Report of an investigation into the causes of malaria in Bombay and the measures necessary for its control
Disease focus: Malaria
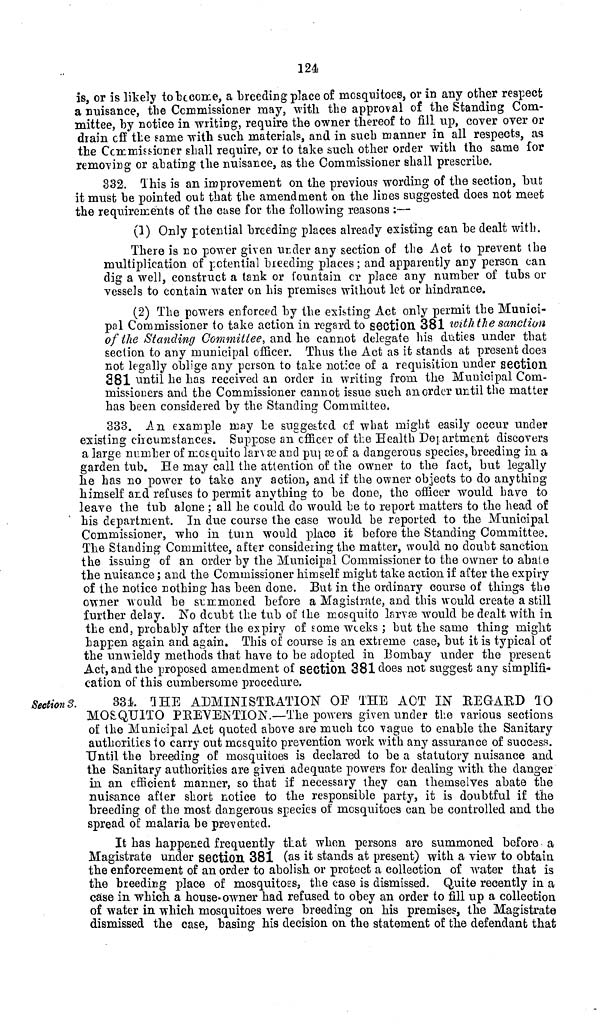
124
is, or is likely to become, a breeding place of mosquitoes, or in any other respect
a nuisance, the Commissioner may, with the approval of the Standing Com-
mittee, by notice in writing, require the owner thereof to fill up, cover over or
drain off the same with such materials, and in such manner in all respects, as
the Commissioner shall require, or to take such other order with the same for
removing or abating the nuisance, as the Commissioner shall prescribe.
332. This is an improvement on the previous wording of the section, but
it must be pointed out that the amendment on the lines suggested does not meet
the requirements of the case for the following reasons :—
(1) Only potential breeding places already existing can be dealt with.
There is no power given under any section of the Act to prevent the
multiplication of potential bleeding places; and apparently any person can
dig a well, construct a tank or fountain or place any number of tubs or
vessels to contain water on his premises without let or hindrance.
(2) The powers enforced by the existing Act only permit the Munici-
pal Commissioner to take action in regard to section 381 with the sanction
of the Standing Committee, and he cannot delegate his duties under that
section to any municipal officer. Thus the Act as it stands at present doe3
not legally oblige any person to take notice of a requisition under section
381 until he has received an order in writing from the Municipal Com-
missioners and the Commissioner cannot issue such an order until the matter
has been considered by the. Standing Committee,
333. An example may be suggested of what might easily occur under
existing circumstances. Suppose an officer of the Health Department discovers
a large number of mosquito larvae and pupae of a dangerous species, breeding in a
garden tub. He may call the attention of the owner to the fact, but legally
he has no power to take any action, and if the owner objects to do anything
himself and refuses to permit anything to be done, the officer would have to
leave the tub alone; all he could do would be to report matters to the head of
his department. In due course the case would be reported to the Municipal
Commissioner, who in turn would place it before the Standing Committee.
The Standing Committee, after considering the matter, would no doubt sanction
the issuing of an order by the Municipal Commissioner to the owner to abale
the nuisance; and the Commissioner himself might take action if after the expiry
of the notice nothing has been done. But in the ordinary course of things the
owner would be summoned before a Magistrate, and this would create a still
further delay. No doubt the tub of the mosquito larvae would be dealt with in
the end, probably after the expiry of some weeks ; but the same thing might
happen again and again. This of course is an extreme case, but it is typical of
the unwieldy methods that have to be adopted in Bombay under the present
Act, and the proposed amendment of section 381 does not suggest any simplifi-
cation of this cumbersome procedure.
Section 8.
331 THE ADMINISTRATION OF THE ACT IN REGARD 10
MOSQUITO PREVENTION.—The powers given under the various sections
of the Municipal Act quoted above are much too vague to enable the Sanitary
authorities to carry out mosquito prevention work with any assurance of success.
Until the breeding of mosquitoes is declared to be a statutory nuisance and
the Sanitary authorities are given adequate powers for dealing with the danger
in an efficient manner, so that if necessary they can themselves abate the
nuisance after short notice to the responsible party, it is doubtful if the
breeding of the most dangerous species of mosquitoes can be controlled and the
spread of malaria be prevented.
It has happened frequently that when persons are summoned before a
Magistrate under section 381 (as it stands at present) with a view to obtain
the enforcement of an order to abolish or protect a collection of water that is
the breeding place of mosquitoes, the case is dismissed. Quite recently in a
case in which a house-owner had refused to obey an order to fill up a collection
of water in which mosquitoes were breeding on his premises, the Magistrate
dismissed the case, basing his decision on the statement of the defendant that